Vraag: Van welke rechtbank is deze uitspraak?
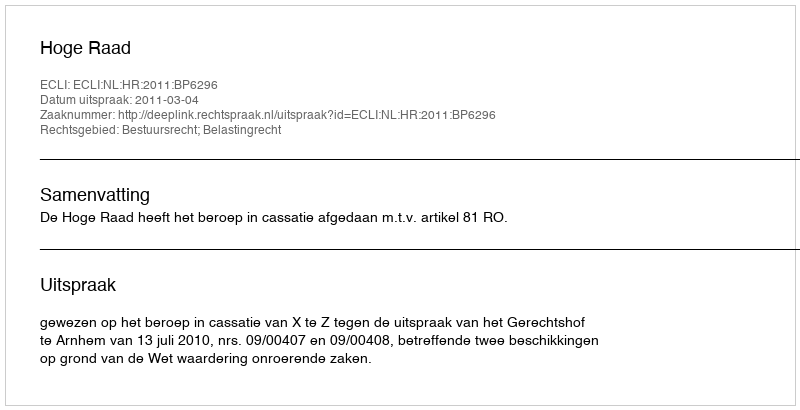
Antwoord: Hoge Raad